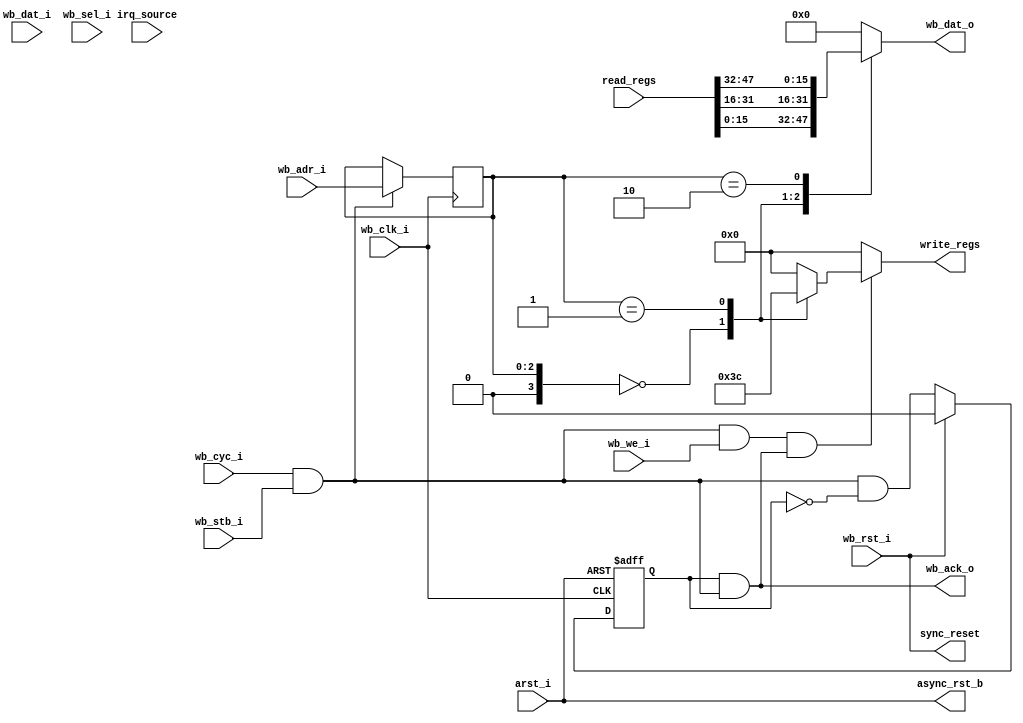
module pit_wb_bus #(parameter ARST_LVL = 1'b0,    // asynchronous reset level
  		    parameter DWIDTH = 16,
                    parameter SINGLE_CYCLE = 1'b0)
  (
  // Wishbone Signals
  output reg  [DWIDTH-1:0] wb_dat_o,     // databus output - Pseudo Register
  output                   wb_ack_o,     // bus cycle acknowledge output
  input                    wb_clk_i,     // master clock input
  input                    wb_rst_i,     // synchronous active high reset
  input                    arst_i,       // asynchronous reset
  input             [ 2:0] wb_adr_i,     // lower address bits
  input       [DWIDTH-1:0] wb_dat_i,     // databus input
  input                    wb_we_i,      // write enable input
  input                    wb_stb_i,     // stobe/core select signal
  input                    wb_cyc_i,     // valid bus cycle input
  input              [1:0] wb_sel_i,     // Select byte in word bus transaction
  // PIT Control Signals
  output reg        [ 3:0] write_regs,   // Decode write control register
  output                   async_rst_b,  //
  output                   sync_reset,   //
  input                    irq_source,   //
  input             [47:0] read_regs     // status register bits
  );


  // registers
  reg        bus_wait_state;  // Holdoff wb_ack_o for one clock to add wait state
  reg  [2:0] addr_latch;      // Capture WISHBONE Address 

  // Wires
  wire       eight_bit_bus;
  wire       module_sel;      // This module is selected for a bus transaction
  wire       wb_wacc;         // WISHBONE Write Strobe
  wire       wb_racc;         // WISHBONE Read Access (Clock gating signal)
  wire [2:0] address;         // Select either direct or latched address

  //
  // module body
  //

  // generate internal resets
  assign eight_bit_bus = (DWIDTH == 8);

  assign async_rst_b = arst_i ^ ARST_LVL;
  assign sync_reset = wb_rst_i;

  // generate wishbone signals
  assign module_sel = wb_cyc_i && wb_stb_i;
  assign wb_wacc    = module_sel && wb_we_i && (wb_ack_o || SINGLE_CYCLE);
  assign wb_racc    = module_sel && !wb_we_i;
  assign wb_ack_o   = SINGLE_CYCLE ? module_sel : (bus_wait_state && module_sel);
  assign address    = SINGLE_CYCLE ? wb_adr_i : addr_latch;

  // generate acknowledge output signal, By using register all accesses take two cycles.
  //  Accesses in back-to-back clock cycles are not possible.
  always @(posedge wb_clk_i or negedge async_rst_b)
    if (!async_rst_b)
      bus_wait_state <=  1'b0;
    else if (sync_reset)
      bus_wait_state <=  1'b0;
    else
      bus_wait_state <=  module_sel && !bus_wait_state;

  // Capture address in first cycle of WISHBONE Bus tranaction
  //  Only used when Wait states are enabled
  always @(posedge wb_clk_i)
    if ( module_sel )                  // Clock gate for power saving
      addr_latch <= wb_adr_i;

  // WISHBONE Read Data Mux
  always @*
      case ({eight_bit_bus, address}) // synopsys parallel_case
      // 8 bit Bus, 8 bit Granularity
      4'b1_000: wb_dat_o = read_regs[ 7: 0];  // 8 bit read address 0
      4'b1_001: wb_dat_o = read_regs[15: 8];  // 8 bit read address 1
      4'b1_010: wb_dat_o = read_regs[23:16];  // 8 bit read address 2
      4'b1_011: wb_dat_o = read_regs[31:24];  // 8 bit read address 3
      4'b1_100: wb_dat_o = read_regs[39:32];  // 8 bit read address 4
      4'b1_101: wb_dat_o = read_regs[47:40];  // 8 bit read address 5
      // 16 bit Bus, 16 bit Granularity
      4'b0_000: wb_dat_o = read_regs[15: 0];  // 16 bit read access address 0
      4'b0_001: wb_dat_o = read_regs[31:16];
      4'b0_010: wb_dat_o = read_regs[47:32];
      default:  wb_dat_o = 0;
    endcase

  // generate wishbone write register strobes -- one hot if 8 bit bus
  always @*
    begin
      write_regs = 0;
      if (wb_wacc)
	case ({eight_bit_bus, address}) // synopsys parallel_case
           // 8 bit Bus, 8 bit Granularity
	   4'b1_000 : write_regs = 4'b0001;
	   4'b1_001 : write_regs = 4'b0010;
	   4'b1_010 : write_regs = 4'b0100;
	   4'b1_011 : write_regs = 4'b1000;
           // 16 bit Bus, 16 bit Granularity
	   4'b0_000 : write_regs = 4'b0011;
	   4'b0_001 : write_regs = 4'b1100;
	   default: ;
	endcase
    end

    
endmodule  // pit_wb_bus